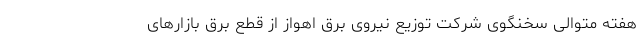
هفته متوالی سخنگوی شرکت توزیع نیروی برق اهواز از قطع برق بازارهای